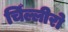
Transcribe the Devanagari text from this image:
चिँल्लीरो